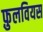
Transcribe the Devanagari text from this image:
फ़ुलवियस